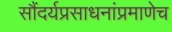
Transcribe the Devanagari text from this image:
सौंदर्यप्रसाधनांप्रमाणेच